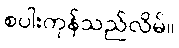
စပါးကုန်သည်လိမ်။